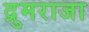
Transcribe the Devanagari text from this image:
द्रुमराजा